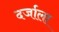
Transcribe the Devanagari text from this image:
दर्जाला